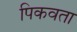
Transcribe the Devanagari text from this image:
पिकवता